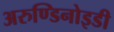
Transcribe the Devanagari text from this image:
अरुण्डिनोइडी